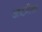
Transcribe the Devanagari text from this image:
अष्टमीका